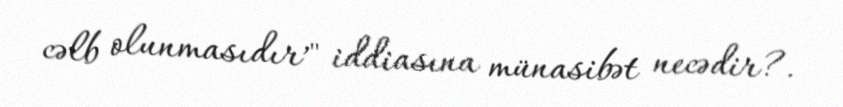
cəlb olunmasıdır’" iddiasına münasibət necədir?.